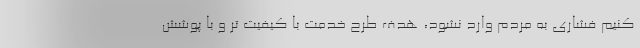
کنیم فشاری به مردم وارد نشود، هدف طرح خدمت با کیفیت تر و با پوشش